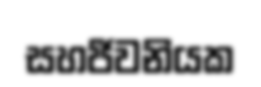
සහජීවනියක